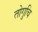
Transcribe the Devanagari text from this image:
तोगुचि